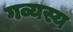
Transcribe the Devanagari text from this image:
गव्यस्य